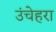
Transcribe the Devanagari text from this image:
उंचेहरा